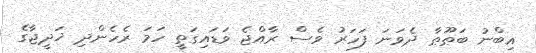
އިބްނު ބަޠޫޠާ ދެވަނަ ފަހަރު ވެސް ރާއްޖެ ވަޑައިގަތީ ހަމަ ރެހެންދި ޚަދީޖާގެ